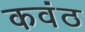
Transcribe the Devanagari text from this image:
कवंठ